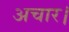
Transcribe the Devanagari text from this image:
अचार।